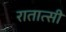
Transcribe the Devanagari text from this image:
रातात्सी